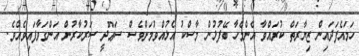
ހަމައެފަދައިން ޒިޔާރަތް ކުރައްވާ އެންމެހާ ބޭފުޅުން މާސްކު އެޅުއްވުމަށްވެސް ސަޢޫދީ ސަރުކާރުން އަންގަވާފައިވެއެވެ.